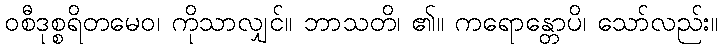
ဝစီဒုစ္စရိတမေဝ၊ ကိုသာလျှင်။ ဘာသတိ၊ ၏။ ကရောန္တောပိ၊ သော်လည်း။